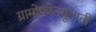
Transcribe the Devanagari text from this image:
ग्रामोफोनयूनानी